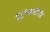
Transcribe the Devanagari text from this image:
पूर्वश्रमीची